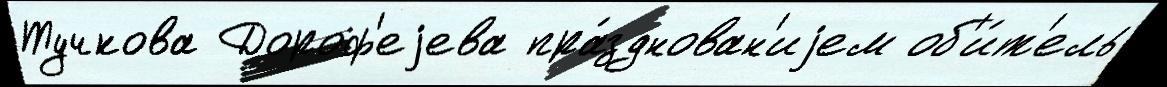
Тучкова Дороф'еjева пра́зднован'иjем об'и́т'ель